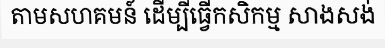
តាមសហគមន៍ ដើម្បីធ្វើកសិកម្ម សាងសង់